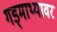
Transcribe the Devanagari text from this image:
गड्माथ्यावर